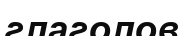
глаголов